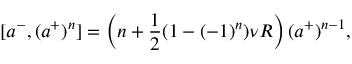
[ a ^ { - } , ( a ^ { + } ) ^ { n } ] = \left( n + \frac { 1 } { 2 } ( 1 - ( - 1 ) ^ { n } ) \nu R \right) ( a ^ { + } ) ^ { n - 1 } ,